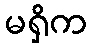
မရှိက